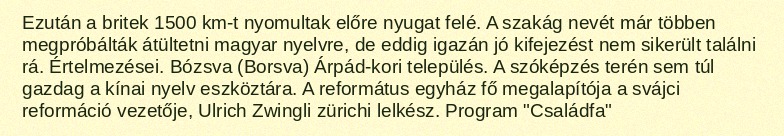
Ezután a britek 1500 km-t nyomultak előre nyugat felé. A szakág nevét már többen megpróbálták átültetni magyar nyelvre, de eddig igazán jó kifejezést nem sikerült találni rá. Értelmezései. Bózsva (Borsva) Árpád-kori település. A szóképzés terén sem túl gazdag a kínai nyelv eszköztára. A református egyház fő megalapítója a svájci reformáció vezetője, Ulrich Zwingli zürichi lelkész. Program "Családfa"